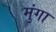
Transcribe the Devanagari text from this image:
मुंगा